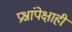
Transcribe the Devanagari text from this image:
प्रश्नांपेक्षाही